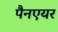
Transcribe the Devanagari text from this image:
पैनएयर